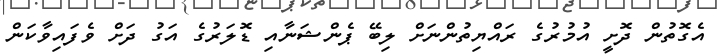
އެގޮތުން ދޮށީ އުމުރުގެ ރައްޔިތުންނަށް ލިބޭ ޕެންޝަނާއި ޑޮަލަރުގެ އަގު ދަށް ވެފައިވާކަން